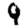
Digit: 9